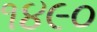
૧૪૯૦